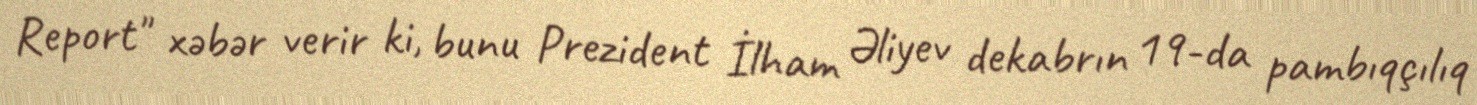
Report" xəbər verir ki, bunu Prezident İlham Əliyev dekabrın 19-da pambıqçılıq